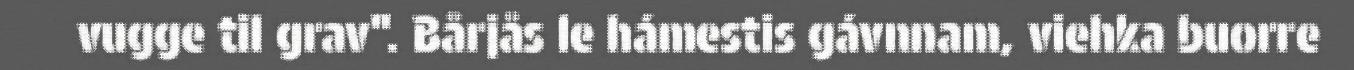
vugge til grav". Bårjås le hámestis gávnnam, viehka buorre